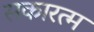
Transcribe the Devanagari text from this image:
सकारत्म